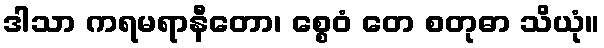
ဒါသာ ကရမရာနီတော၊ စ္စေဝံ တေ စတုဓာ သိယုံ။